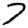
Digit: 7